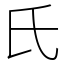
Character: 氏